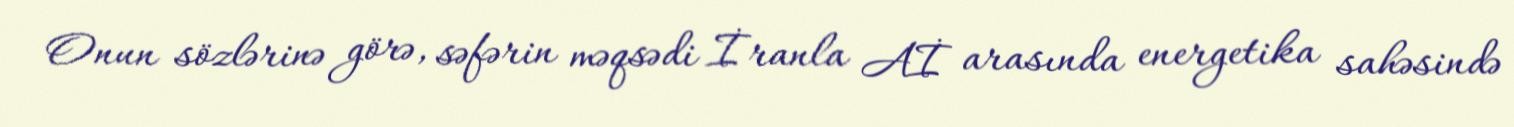
Onun sözlərinə görə, səfərin məqsədi İranla Aİ arasında energetika sahəsində